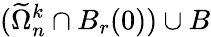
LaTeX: (\widetilde\Omega_{n}^{k}\cap B_{r}(0))\cup B